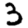
Digit: 3